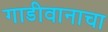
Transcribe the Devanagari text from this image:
गाडीवानाचा